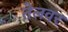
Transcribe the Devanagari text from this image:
तेलवर